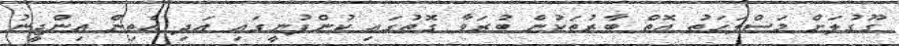
ގޫގުލަށް މަސްލަހަތު އޮތް ބާރުތަކުން ބުރަވާ ގޮތުގައި ކުންފުނީގައި އަދި އެތިން އިންޖީނު